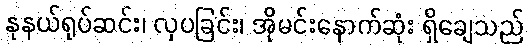
နုနယ်ရုပ်ဆင်း၊ လှပခြင်း၊ အိုမင်းနောက်ဆုံး ရှိချေသည်